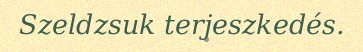
Szeldzsuk terjeszkedés.